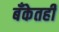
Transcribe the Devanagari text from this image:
बँकेतही